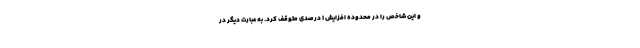
و این شاخص را در محدوده افزایش 1 درصدی متوقف کرد. به عبارت دیگر در